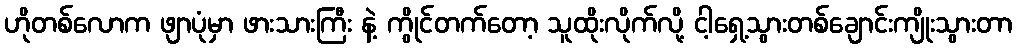
ဟိုတစ်လောက ဖျာပုံမှာ ဖားသားကြီး နဲ့ ကွိုင်တက်တော့ သူထိုးလိုက်လို့ ငါ့ရှေ့သွားတစ်ချောင်းကျိုးသွားတာ